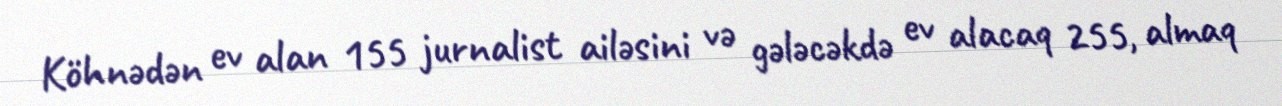
Köhnədən ev alan 155 jurnalist ailəsini və gələcəkdə ev alacaq 255, almaq